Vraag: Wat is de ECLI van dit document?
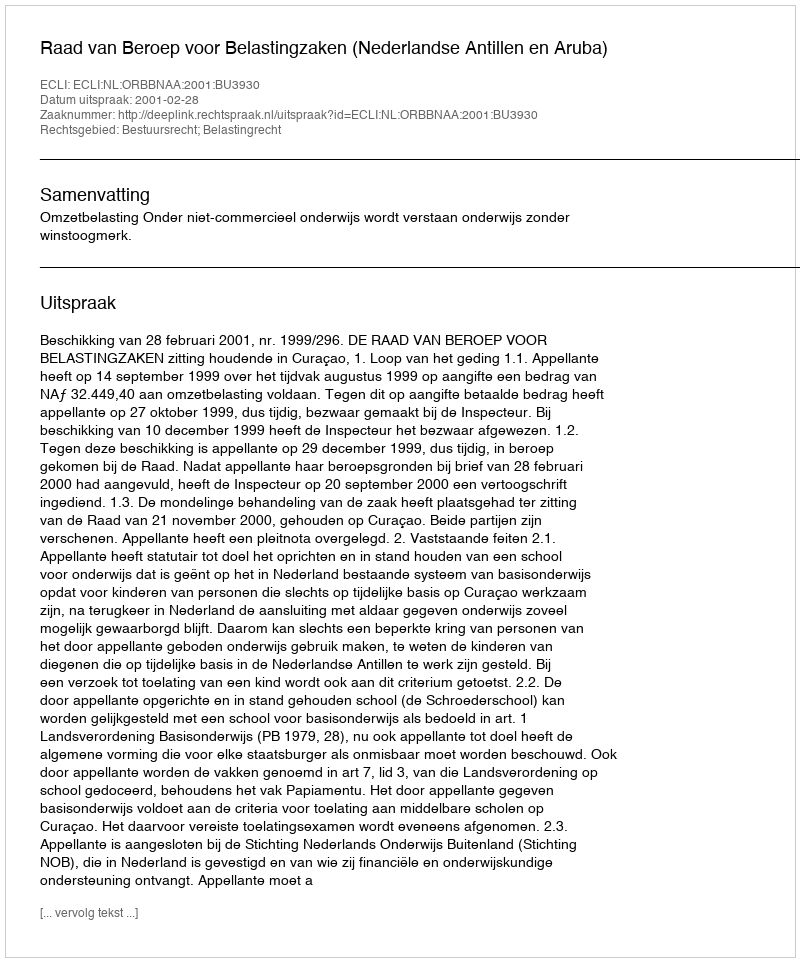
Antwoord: ECLI:NL:ORBBNAA:2001:BU3930